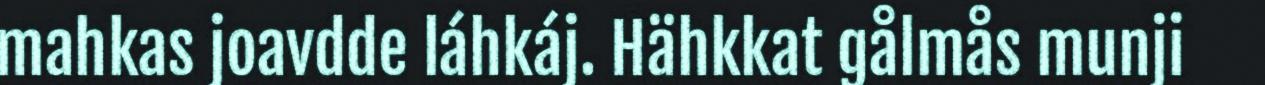
mahkas joavdde láhkáj. Hähkkat gålmås munji